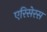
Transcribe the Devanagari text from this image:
एरिसेरस